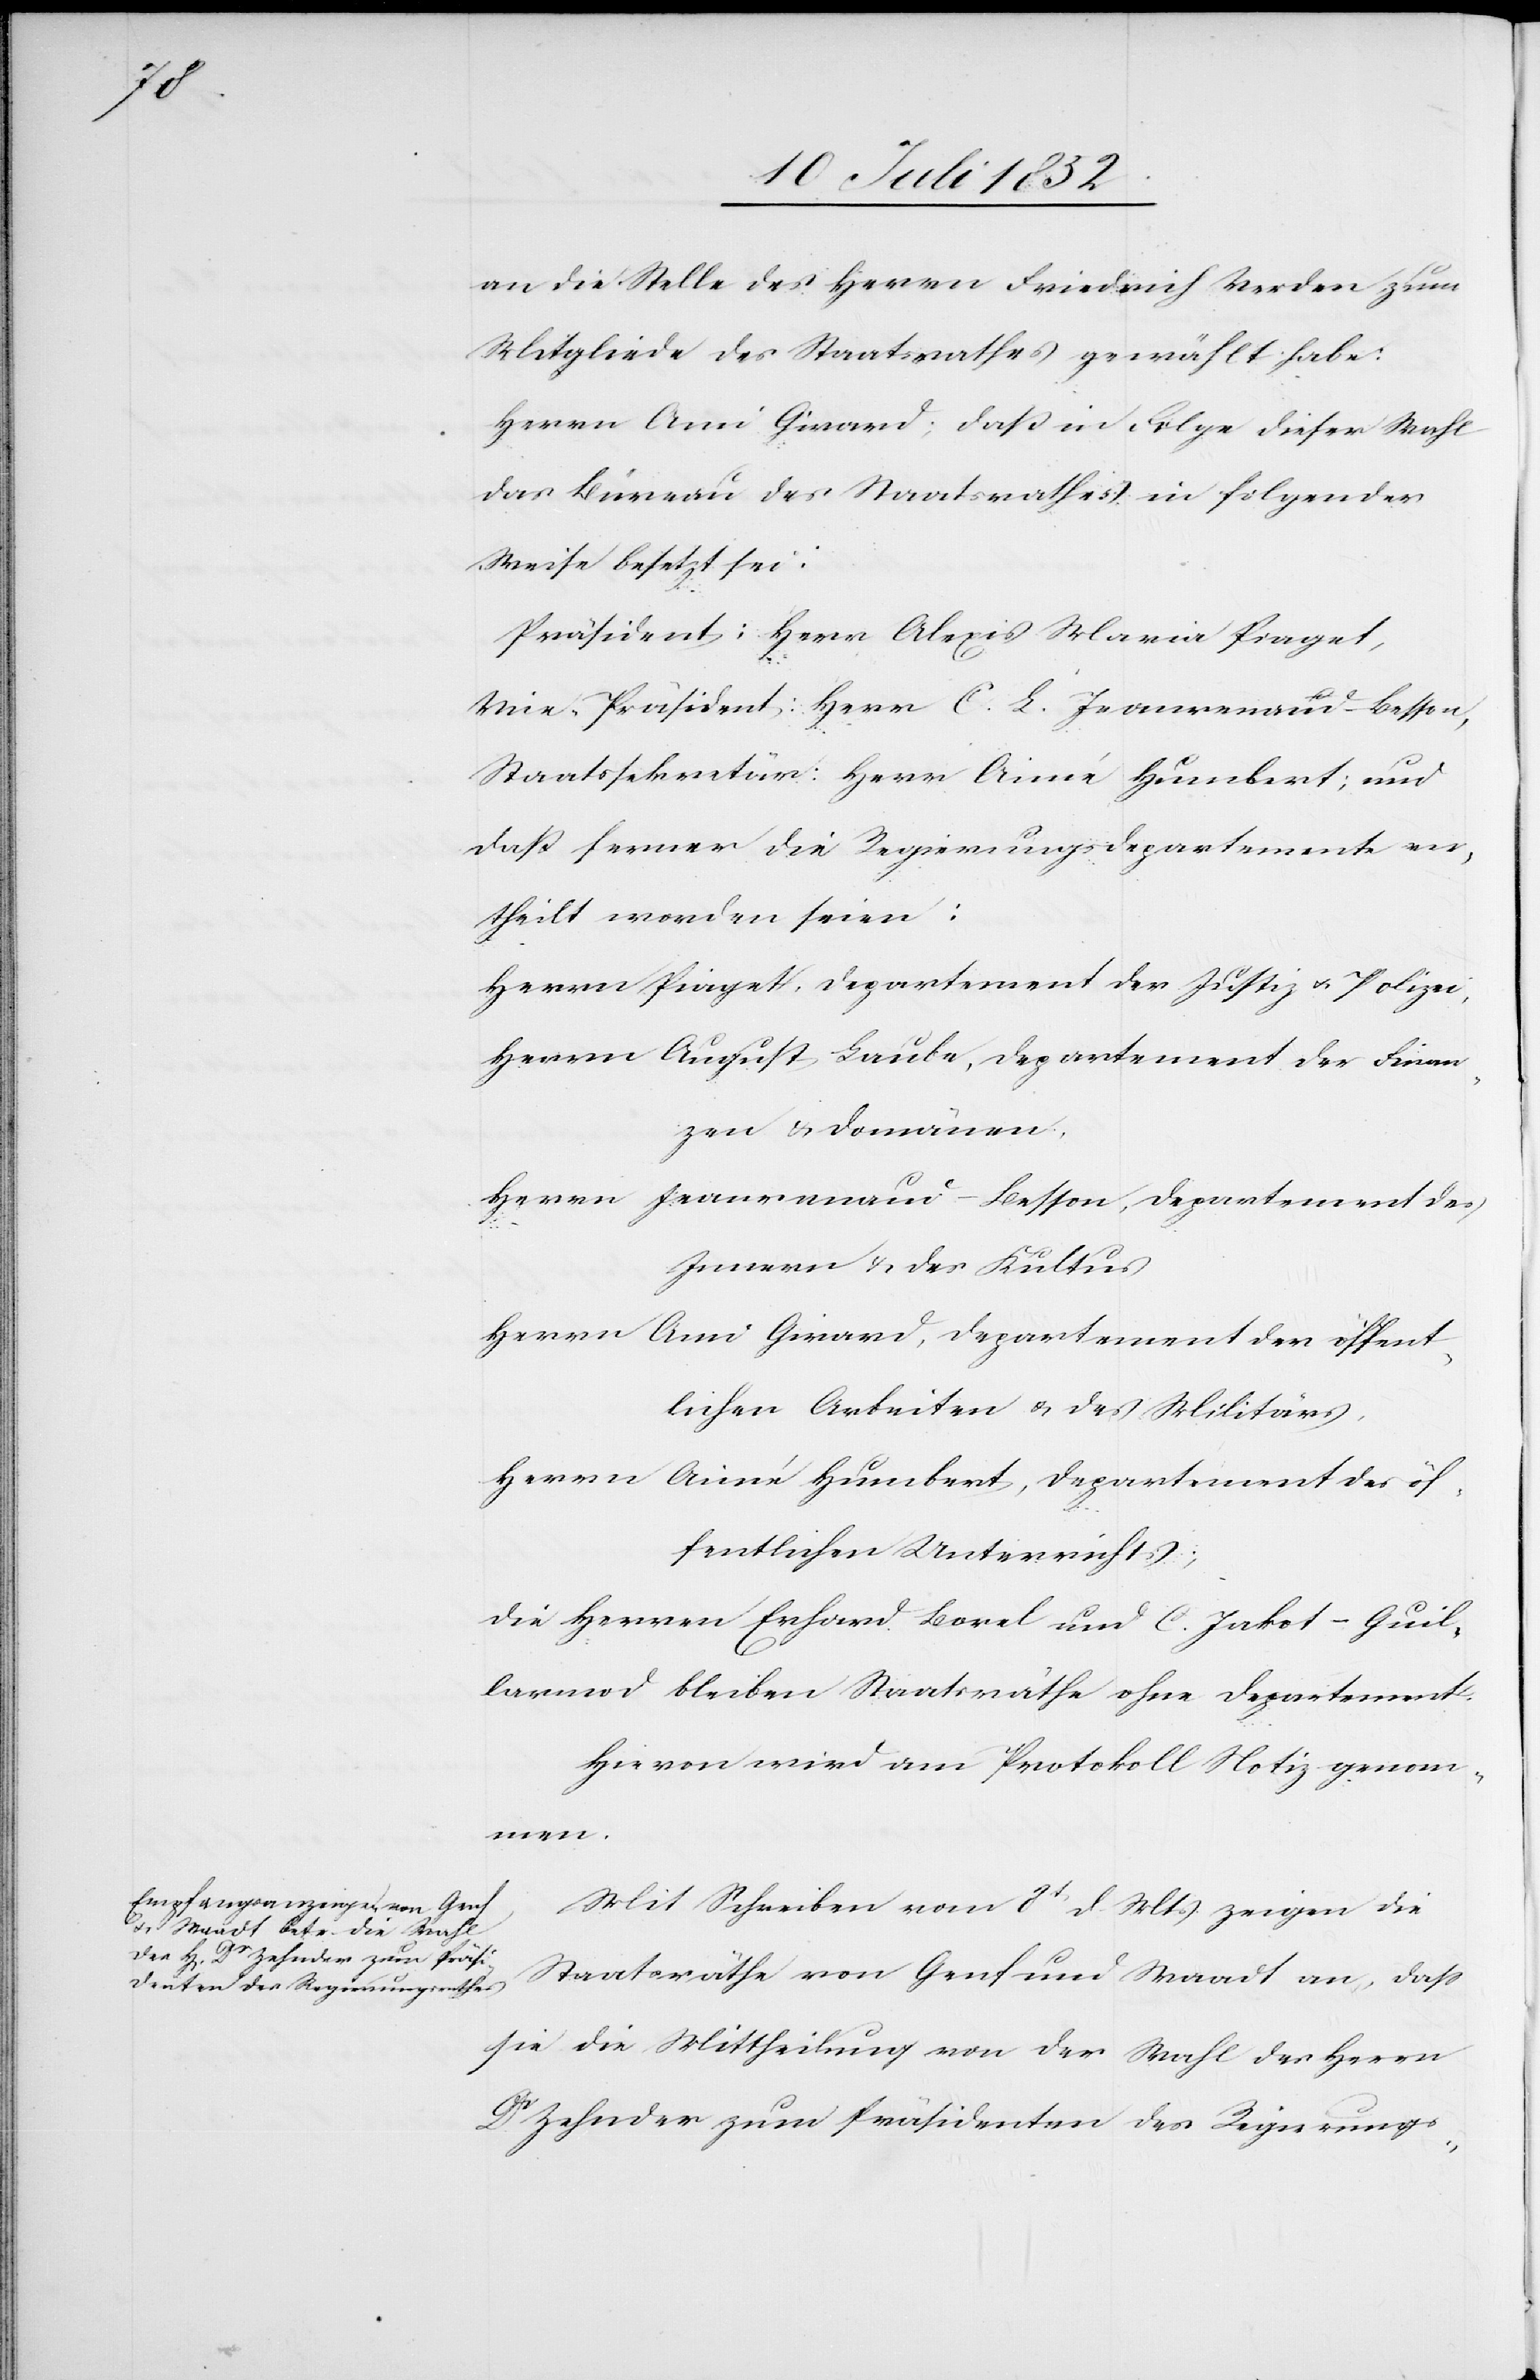
an die Stelle des Herrn Friedrich Verden zum
Mitgliede des Staatsrathes gewählt habe:
Herrn Ami Girard; daß in Folge dieser Wahl
das Büreau des Staatsrathes in folgender
Weise besetzt sei:
Präsident: Herr Alexis Maria Piaget,
Vice-Präsident: Herr C. L. Jeanrenaud-Besson,
Staatssekretär: Herr Aimé Humbert; und
daß ferner die Regierungsdepartemente ver¬
theilt worden seien:
Herrn Piaget, Departement der Justiz & Polizei,
Herrn August Laube, Departement der Finan¬
zen & Domänen,
Herrn Jeanrenaud-Besson, Departement des
Innern & des Kultus
Herrn Ami Girard, Departement der öffent¬
lichen Arbeiten & des Militärs,
Herrn Aimé Humbert, Departement des öf¬
fentlichen Unterrichts;
die Herren Erhard Borel und C. Jakot-Guil¬
larmod bleiben Staatsräthe ohne Departement.
Hievon wird am Protokoll Notiz genom¬
men.
Mit Schreiben vom 3t d. Mts. zeigen die
Staatsräthe von Genf und Waadt an, dass
sie die Mittheilung von der Wahl des Herrn
Dr. Zehnder zum Präsidenten des Regierungs-